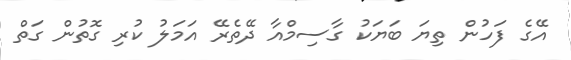
އޭގެ ފަހުން ތިޔަ ބަޔަކު ގާސިމްއާ ދޭތެރޭ އަމަލު ކުރި ގޮތުން ގަތް